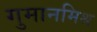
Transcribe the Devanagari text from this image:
गुमानमिश्र